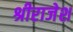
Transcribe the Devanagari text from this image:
श्रीराजेश